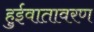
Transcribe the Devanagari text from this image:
हुईवातावरण